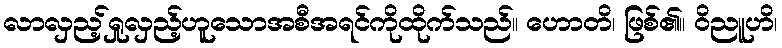
လာလှည့်ရှုလှည့်ဟူသောအစီအရင်ကိုထိုက်သည်။ ဟောတိ၊ ဖြစ်၏။ ဝိညူဟိ၊